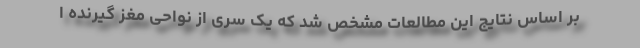
بر اساس نتایج این مطالعات مشخص شد که یک سری از نواحی مغز گیرنده ا